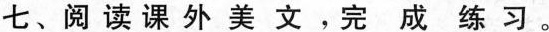
七、阅读课外美文，完成练习。